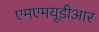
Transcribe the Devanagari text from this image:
एमएमयूडीआर